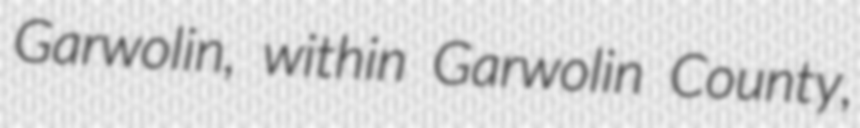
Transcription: Garwolin, within Garwolin County,